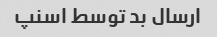
ارسال بد توسط اسنپ